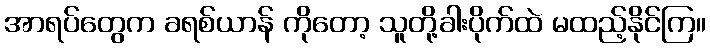
အာရပ်တွေက ခရစ်ယာန် ကိုတော့ သူတို့ခါးပိုက်ထဲ မထည့်နိုင်ကြ။